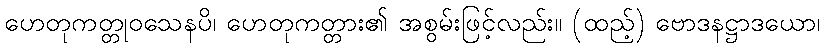
ဟေတုကတ္တုဝသေနပိ၊ ဟေတုကတ္တား၏ အစွမ်းဖြင့်လည်း။ (ထည့်) ဗောဒနဋ္ဌာဒယော၊